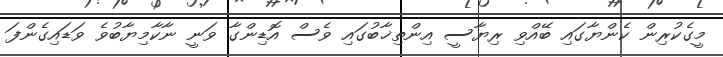
މީގެކުރިން ކެންޔާގައި ބޭއްވި ރިޔާސީ އިންތިޚާބުގައި ވެސް އޮޑިންގާ ވަނީ ނާކާމިޔާބުވެ ވަޑައިގެންފަ